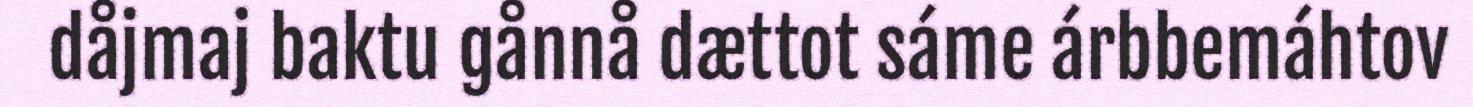
dåjmaj baktu gånnå dættot sáme árbbemáhtov